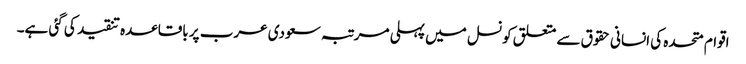
اقوام متحدہ کی انسانی حقوق سے متعلق کونسل میں پہلی مرتبہ سعودی عرب پر باقاعدہ تنقید کی گئی ہے۔